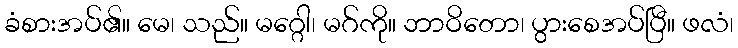
ခံစားအပ်၏။ မေ၊ သည်။ မဂ္ဂေါ၊ မဂ်ကို။ ဘာဝိတော၊ ပွားစေအပ်ပြီ။ ဖလံ၊